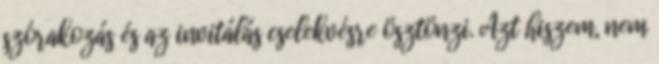
szórakozás és az invitálás cselekvésre ösztönzi. Azt hiszem, nem